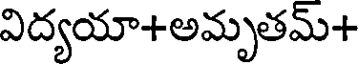
విద్యయా+అమృతమ్+